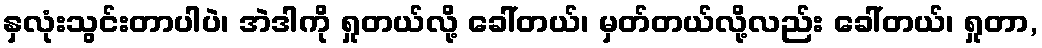
နှလုံးသွင်းတာပါပဲ၊ အဲဒါကို ရှုတယ်လို့ ခေါ်တယ်၊ မှတ်တယ်လို့လည်း ခေါ်တယ်၊ ရှုတာ,